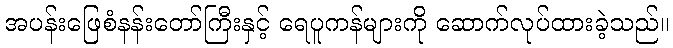
အပန်းဖြေစံနန်းတော်ကြီးနှင့် ရေပူကန်များကို ဆောက်လုပ်ထားခဲ့သည်။